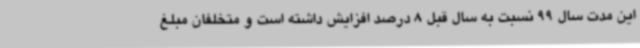
این مدت سال 99 نسبت به سال قبل 8 درصد افزایش داشته است و متخلفان مبلغ